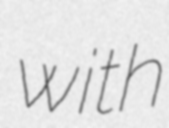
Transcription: with